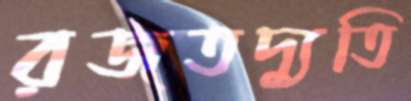
রজতদ্যুতি